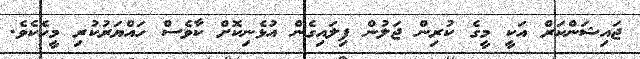
ޖައިޝަންކަރް އަކީ މީގެ ކުރިން ޖަލުން ފިލައިގެން އުޅެނިކޮށް ކާވެސް ހައްޔަރުކުރި މީހެކެވެ.